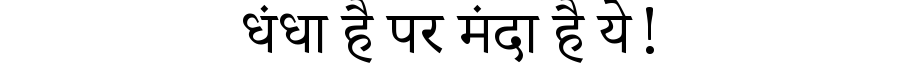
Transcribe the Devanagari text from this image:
धंधा है पर मंदा है ये!